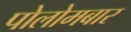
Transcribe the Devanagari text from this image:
पोलोमबार